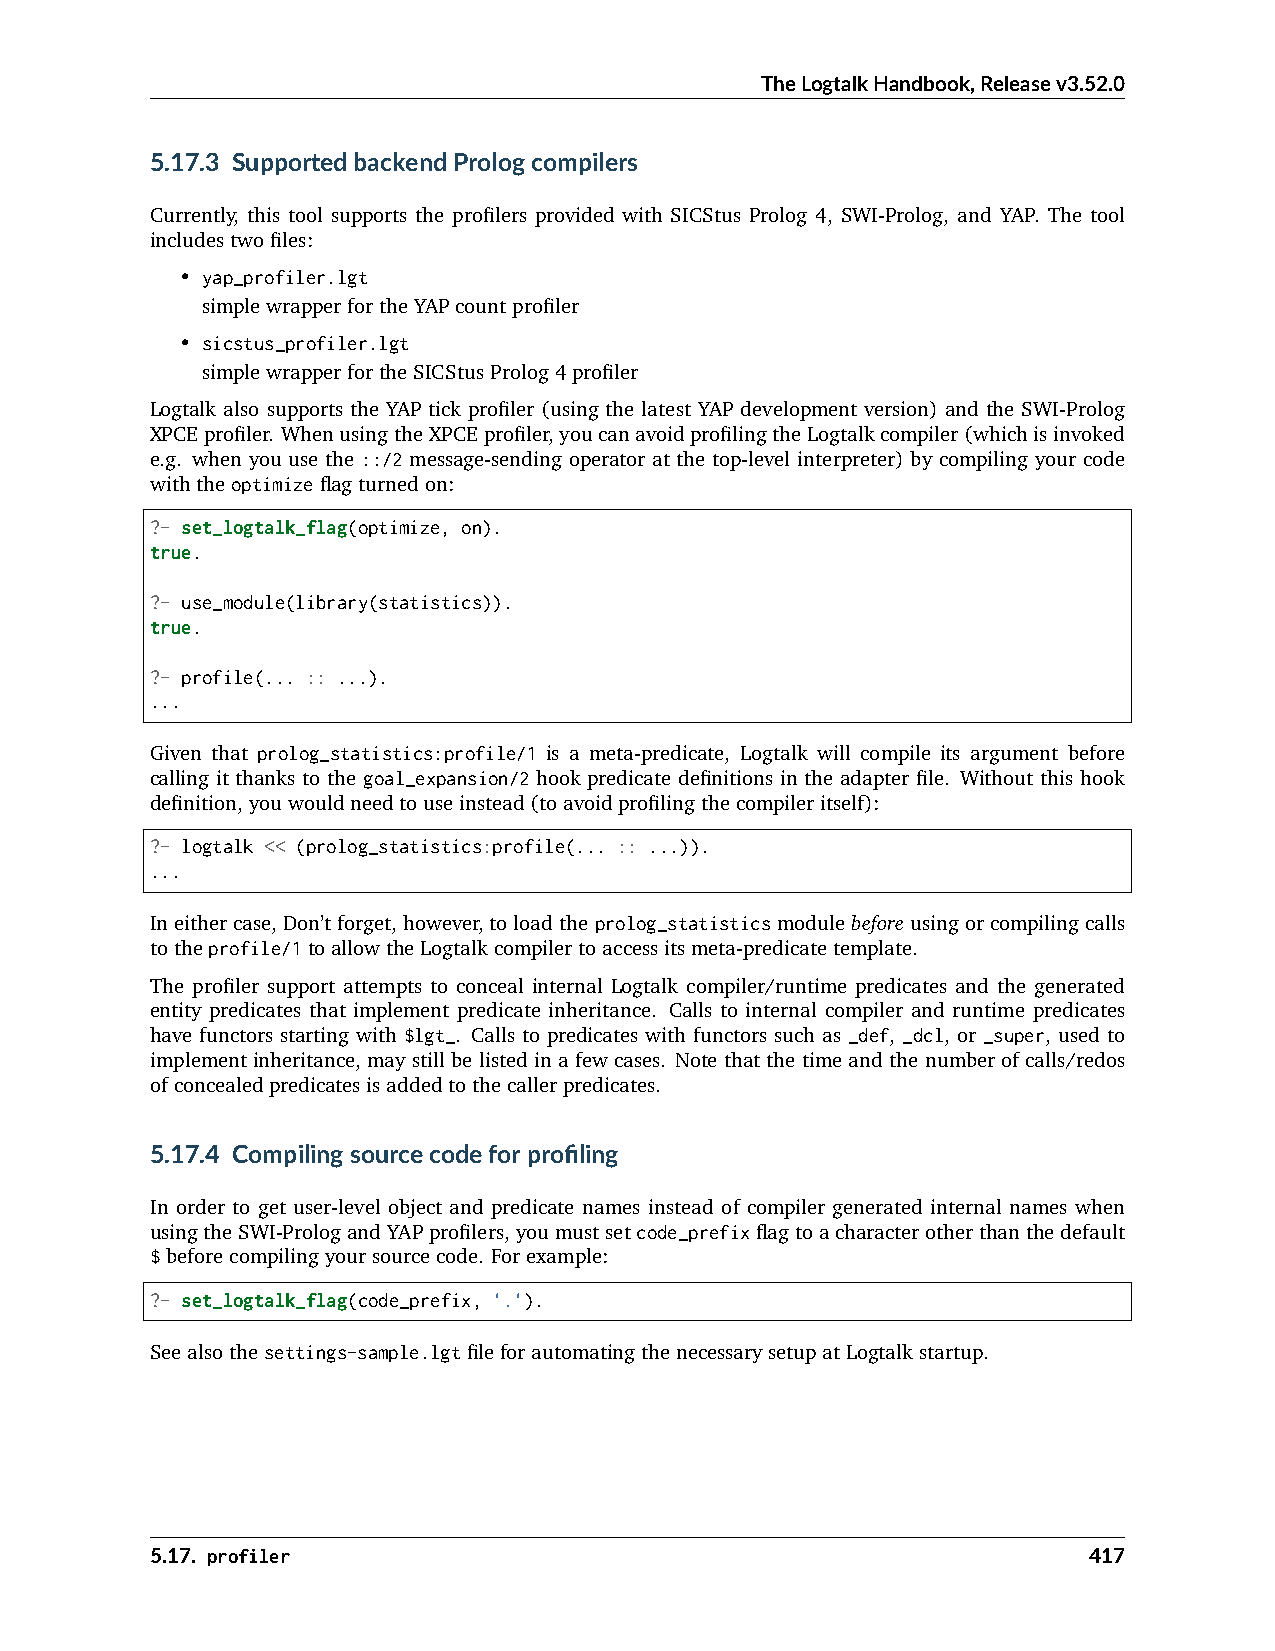
TheLogtalkHandbook,Releasev3.52.0
 5.17.3 SupportedbackendPrologcompilers
 Currently, this tool supports the profilers provided with SICStus Prolog 4, SWI-Prolog, and YAP. The tool
 includestwofiles:
 • yap_profiler.lgt
 simplewrapperfortheYAPcountprofiler
 • sicstus_profiler.lgt
 simplewrapperfortheSICStusProlog4profiler
 Logtalk also supports the YAP tick profiler (using the latest YAP development version) and the SWI-Prolog
 XPCEprofiler. WhenusingtheXPCEprofiler,youcanavoidprofilingtheLogtalkcompiler(whichisinvoked
 e.g. when you use the ::/2 message-sending operator at the top-level interpreter) by compiling your code
 withtheoptimizeflagturnedon:
 ?- set_logtalk_flag(optimize, on).
 true.
 ?- use_module(library(statistics)).
 true.
 ?- profile(... :: ...).
 ...
 Given that prolog_statistics:profile/1 is a meta-predicate, Logtalk will compile its argument before
 calling it thanks to the goal_expansion/2 hook predicate definitions in the adapter file. Without this hook
 definition,youwouldneedtouseinstead(toavoidprofilingthecompileritself):
 ?- logtalk << (prolog_statistics:profile(... :: ...)).
 ...
 Ineithercase,Don’tforget,however,toloadtheprolog_statisticsmodulebeforeusingorcompilingcalls
 totheprofile/1toallowtheLogtalkcompilertoaccessitsmeta-predicatetemplate.
 The profiler support attempts to conceal internal Logtalk compiler/runtime predicates and the generated
 entity predicates that implement predicate inheritance. Calls to internal compiler and runtime predicates
 have functors starting with $lgt_. Calls to predicates with functors such as _def, _dcl, or _super, used to
 implement inheritance, may still be listed in a few cases. Note that the time and the number of calls/redos
 ofconcealedpredicatesisaddedtothecallerpredicates.
 5.17.4 Compilingsourcecodeforprofiling
 In order to get user-level object and predicate names instead of compiler generated internal names when
 usingtheSWI-PrologandYAPprofilers,youmustsetcode_prefixflagtoacharacterotherthanthedefault
 $beforecompilingyoursourcecode. Forexample:
 ?- set_logtalk_flag(code_prefix, '.').
 Seealsothesettings-sample.lgtfileforautomatingthenecessarysetupatLogtalkstartup.
 5.17. profiler                                                417